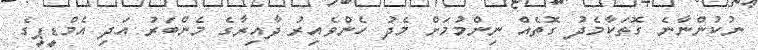
ނުކުންނާނެ ގޮތަކާމެދު ގޮތެއް ނިންމުމަށް މެދު ހެންވެއިރު ދާއިރާގެ މެންބަރު އަދި އެމްޑީޕީގެ